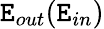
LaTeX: \mathtt{E}_{out}(\mathtt{E}_{in})